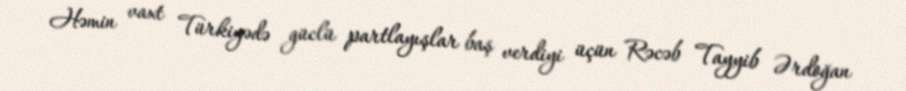
Həmin vaxt Türkiyədə güclü partlayışlar baş verdiyi üçün Rəcəb Tayyib Ərdoğan